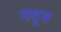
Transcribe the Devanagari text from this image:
नतुन